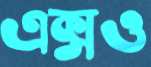
এক্সও